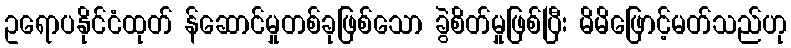
ဥရောပနိုင်ငံထုတ် န်ဆောင်မှုတစ်ခုဖြစ်သော ခွဲစိတ်မှုဖြစ်ပြီး မိမိဖြောင့်မတ်သည်ဟု